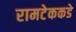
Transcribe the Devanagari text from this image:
रामटेककडे